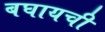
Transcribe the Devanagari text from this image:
बघायची